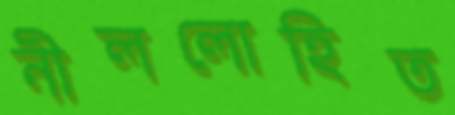
নীললোহিত